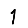
Digit: 1